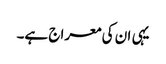
یہی ان کی معراج ہے۔